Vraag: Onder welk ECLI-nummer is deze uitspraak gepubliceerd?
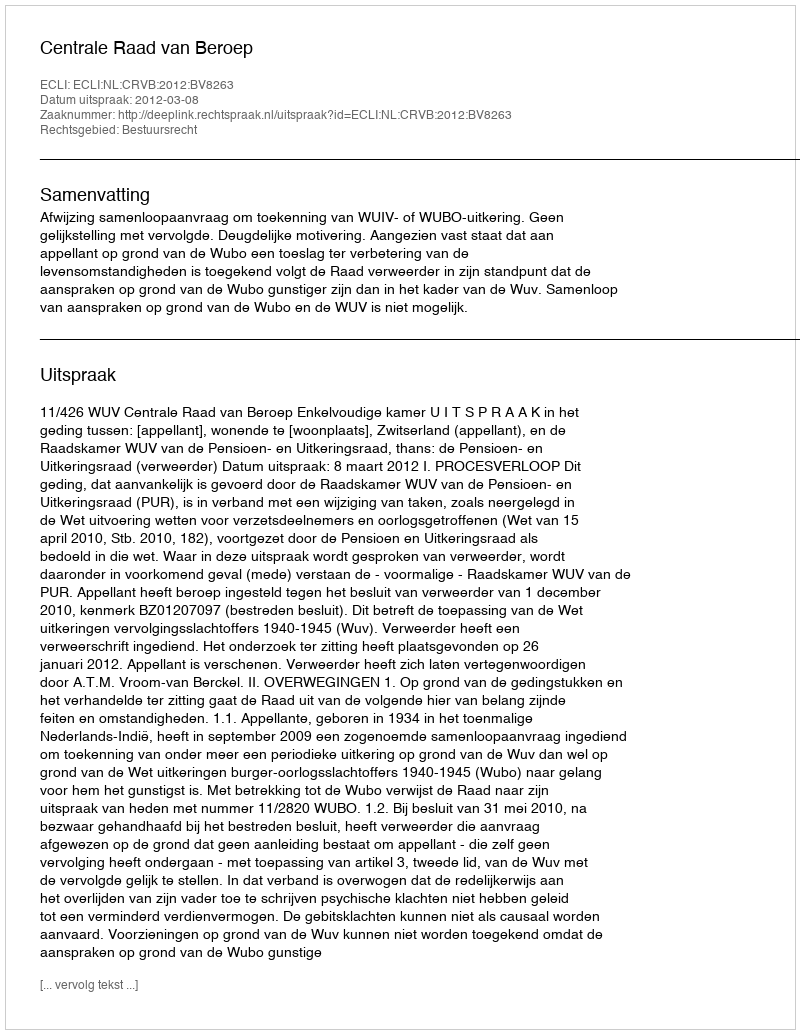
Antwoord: ECLI:NL:CRVB:2012:BV8263